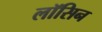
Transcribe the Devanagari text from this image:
लॉसिन